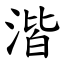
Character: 湝